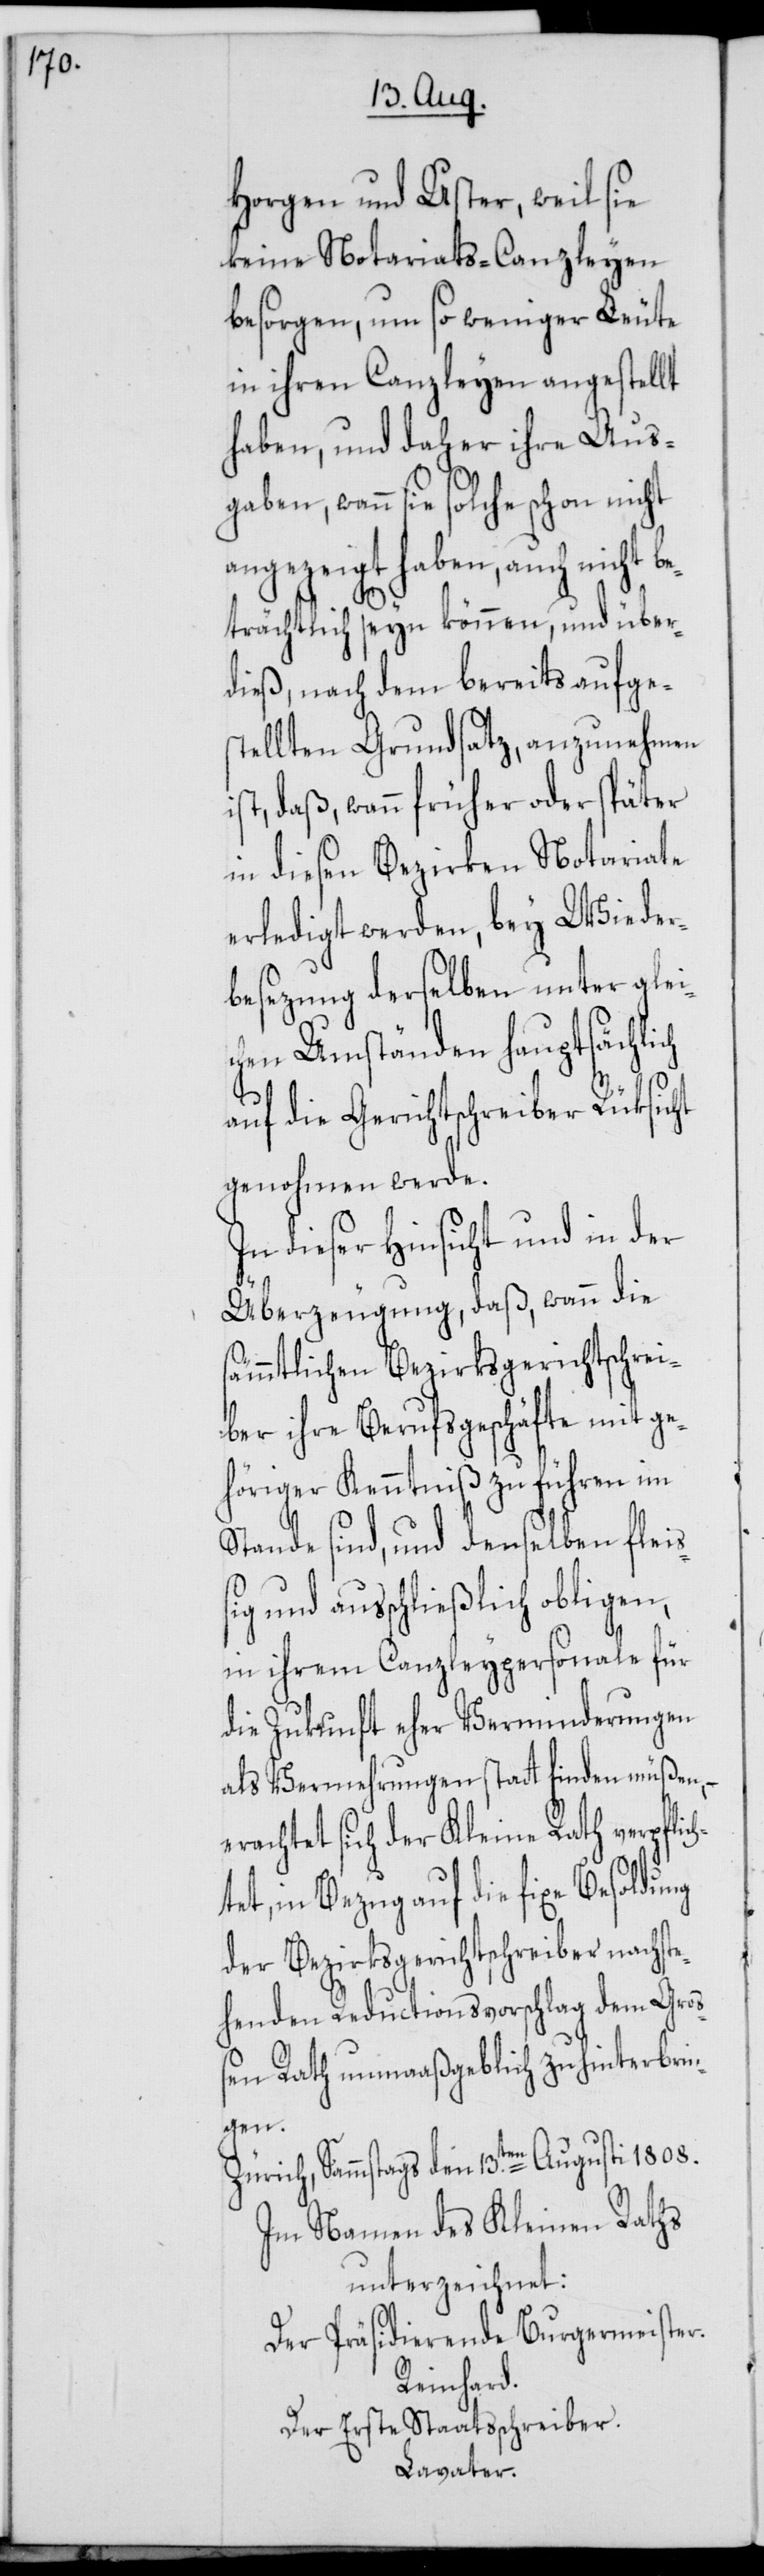
Horgen und Uster, weil sie
keine Notariats-Canzleyen
besorgen, um so weniger Leute
in ihren Canzleyen angestellt
haben, und daher ihre Aus¬
gaben, wann sie solche schon nicht
angezeigt haben, auch nicht be¬
h¬
trächtlich seyn können, und über¬
dieß, nach dem bereits aufge¬
stellten Grundsatz, anzunehmen
ist, daß, wann früher oder später
in diesen Bezirken Notariate
erledigt werden, bey Wieder¬
besezung derselben unter glei¬
chen Umständen hauptsächlich
auf die Gerichtschreiber Rüksicht
genohmen werde.
In dieser Hinsicht und in der
Überzeugung, daß, wann die
sämmtlichen Bezirksgerichtschrei¬
ber ihre Berufsgeschäfte mit ge¬
höriger Kenntniß zu führen im
Stande sind, und denselben fleiß¬
ig und ausschließlich obligen,
in ihrem Canzleypersonale für
die Zukunft eher Verminderungen
als Vermehrungen statt finden müßen, –
erachtet sich der Kleine Rath verpflic¬
tet, in Bezug auf die fixe Besoldung
der Bezirksgerichtschreiber nachste¬
henden Reductionsvorschlag dem Gro¬
ßen Rath unmaaßgeblich zu hinterbri¬
ngen.
Zürich, Sammstags den 13ten Augusti 1808.
Im Namen des Kleinen Raths
unterzeichnet:
Der Präsidierende Burgermeister.
Reinhard.
Der Erste Staatsschreiber.
Lavater.